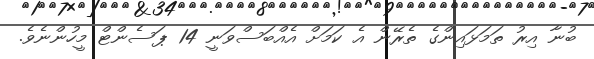
ބުނާ އިރު ތަމަޅައިންގެ ތެރޭން އެ ކަމަށް އެއްބަސްވަނީ 14 ޕަސެންޓް މީހުންނެވެ.